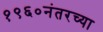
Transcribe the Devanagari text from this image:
१९६०नंतरच्या